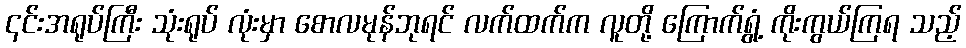
၎င်းအရုပ်ကြီး သုံးရုပ် လုံးမှာ စောလမုန်ဘုရင် လက်ထက်က လူတို့ ကြောက်ရွံ့ ကိုးကွယ်ကြရ သည့်